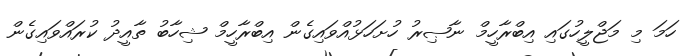
ހަމަ މި މަޖްލީހުގައި އިބްރާހީމް ނާޞިރު ހުށަހަޅުއްވައިގެން އިބްރާހީމް ޝިހާބު ތާއީދު ކުރައްވައިގެން